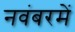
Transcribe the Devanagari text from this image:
नवंबरमें